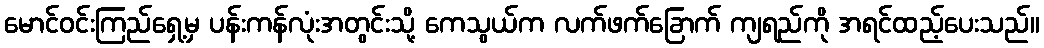
မောင်ဝင်းကြည်ရှေ့မှ ပန်းကန်လုံးအတွင်းသို့ ကေသွယ်က လက်ဖက်ခြောက် ကျရည်ကို အရင်ထည့်ပေးသည်။